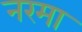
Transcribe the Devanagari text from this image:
नरमा